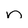
Character: n